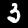
Label: 3